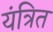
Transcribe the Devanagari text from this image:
यंत्रित